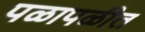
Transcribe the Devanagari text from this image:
पळापळीत